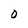
Character: 0